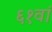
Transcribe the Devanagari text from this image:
६१वां